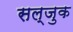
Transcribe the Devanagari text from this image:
सल्जुक